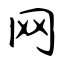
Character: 网